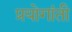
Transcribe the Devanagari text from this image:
प्रयोगांती